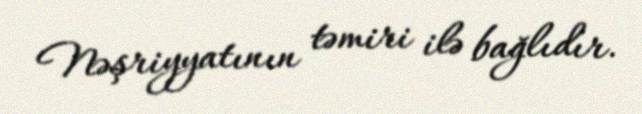
Nəşriyyatının təmiri ilə bağlıdır.